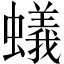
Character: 蟻